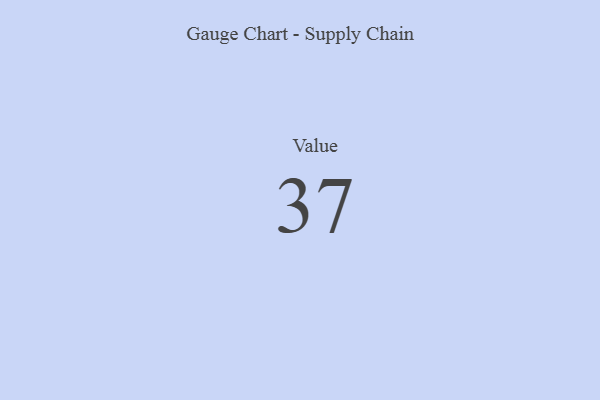
{"axis": {"x": "Metric", "y": "Value"}, "legend": [""], "data": [{"x": "Value", "y": 37, "type": ""}]}